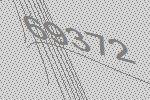
69372